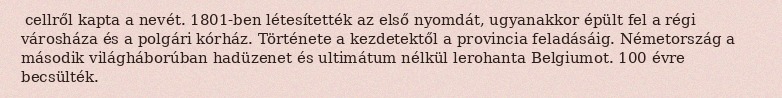
cellről kapta a nevét. 1801-ben létesítették az első nyomdát, ugyanakkor épült fel a régi városháza és a polgári kórház. Története a kezdetektől a provincia feladásáig. Németország a második világháborúban hadüzenet és ultimátum nélkül lerohanta Belgiumot. 100 évre becsülték.